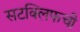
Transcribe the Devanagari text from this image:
सटक्लिफची